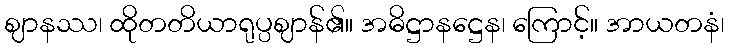
ဈာနဿ၊ ထိုတတိယာရုပ္ပဈာန်၏။ အဓိဋ္ဌာနဋ္ဌေန၊ ကြောင့်။ အာယတနံ၊